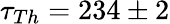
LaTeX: \tau_{Th}=234\pm 2